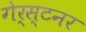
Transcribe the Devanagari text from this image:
गेर्स्टनर